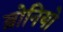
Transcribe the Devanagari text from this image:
ब्रोनियो